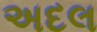
અદલ